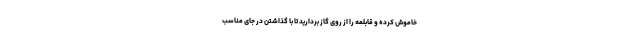
خاموش کرده و قابلمه را از روی گاز بردارید تا با گذاشتن در جای مناسب